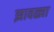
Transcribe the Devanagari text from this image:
झावळ्या